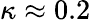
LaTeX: \kappa\approx 0.2